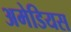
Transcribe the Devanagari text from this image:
अमेडियस